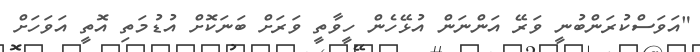
"އަވަސްކުރަންބުނީ ވަރޭ އަންނަން އުޅޭހެން ހީވާތީ ވަރަށް ބަނަކޮށް އުޑުމަތި އޮތީ އަވަހަށް